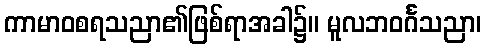
ကာမာဝစရသညာ၏ဖြစ်ရာအခါ၌။ မူလဘဝင်္ဂသညာ၊